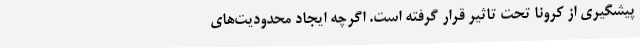
پیشگیری از کرونا تحت تاثیر قرار گرفته است. اگرچه ایجاد محدودیت‌های